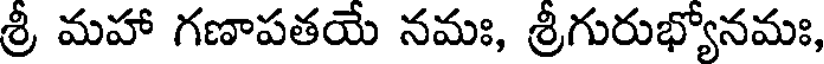
శ్రీ మహా గణాపతయే నమః, శ్రీగురుభ్యోనమః,